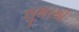
લૂથરથી